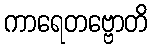
ကာရေတဗ္ဗောတိ